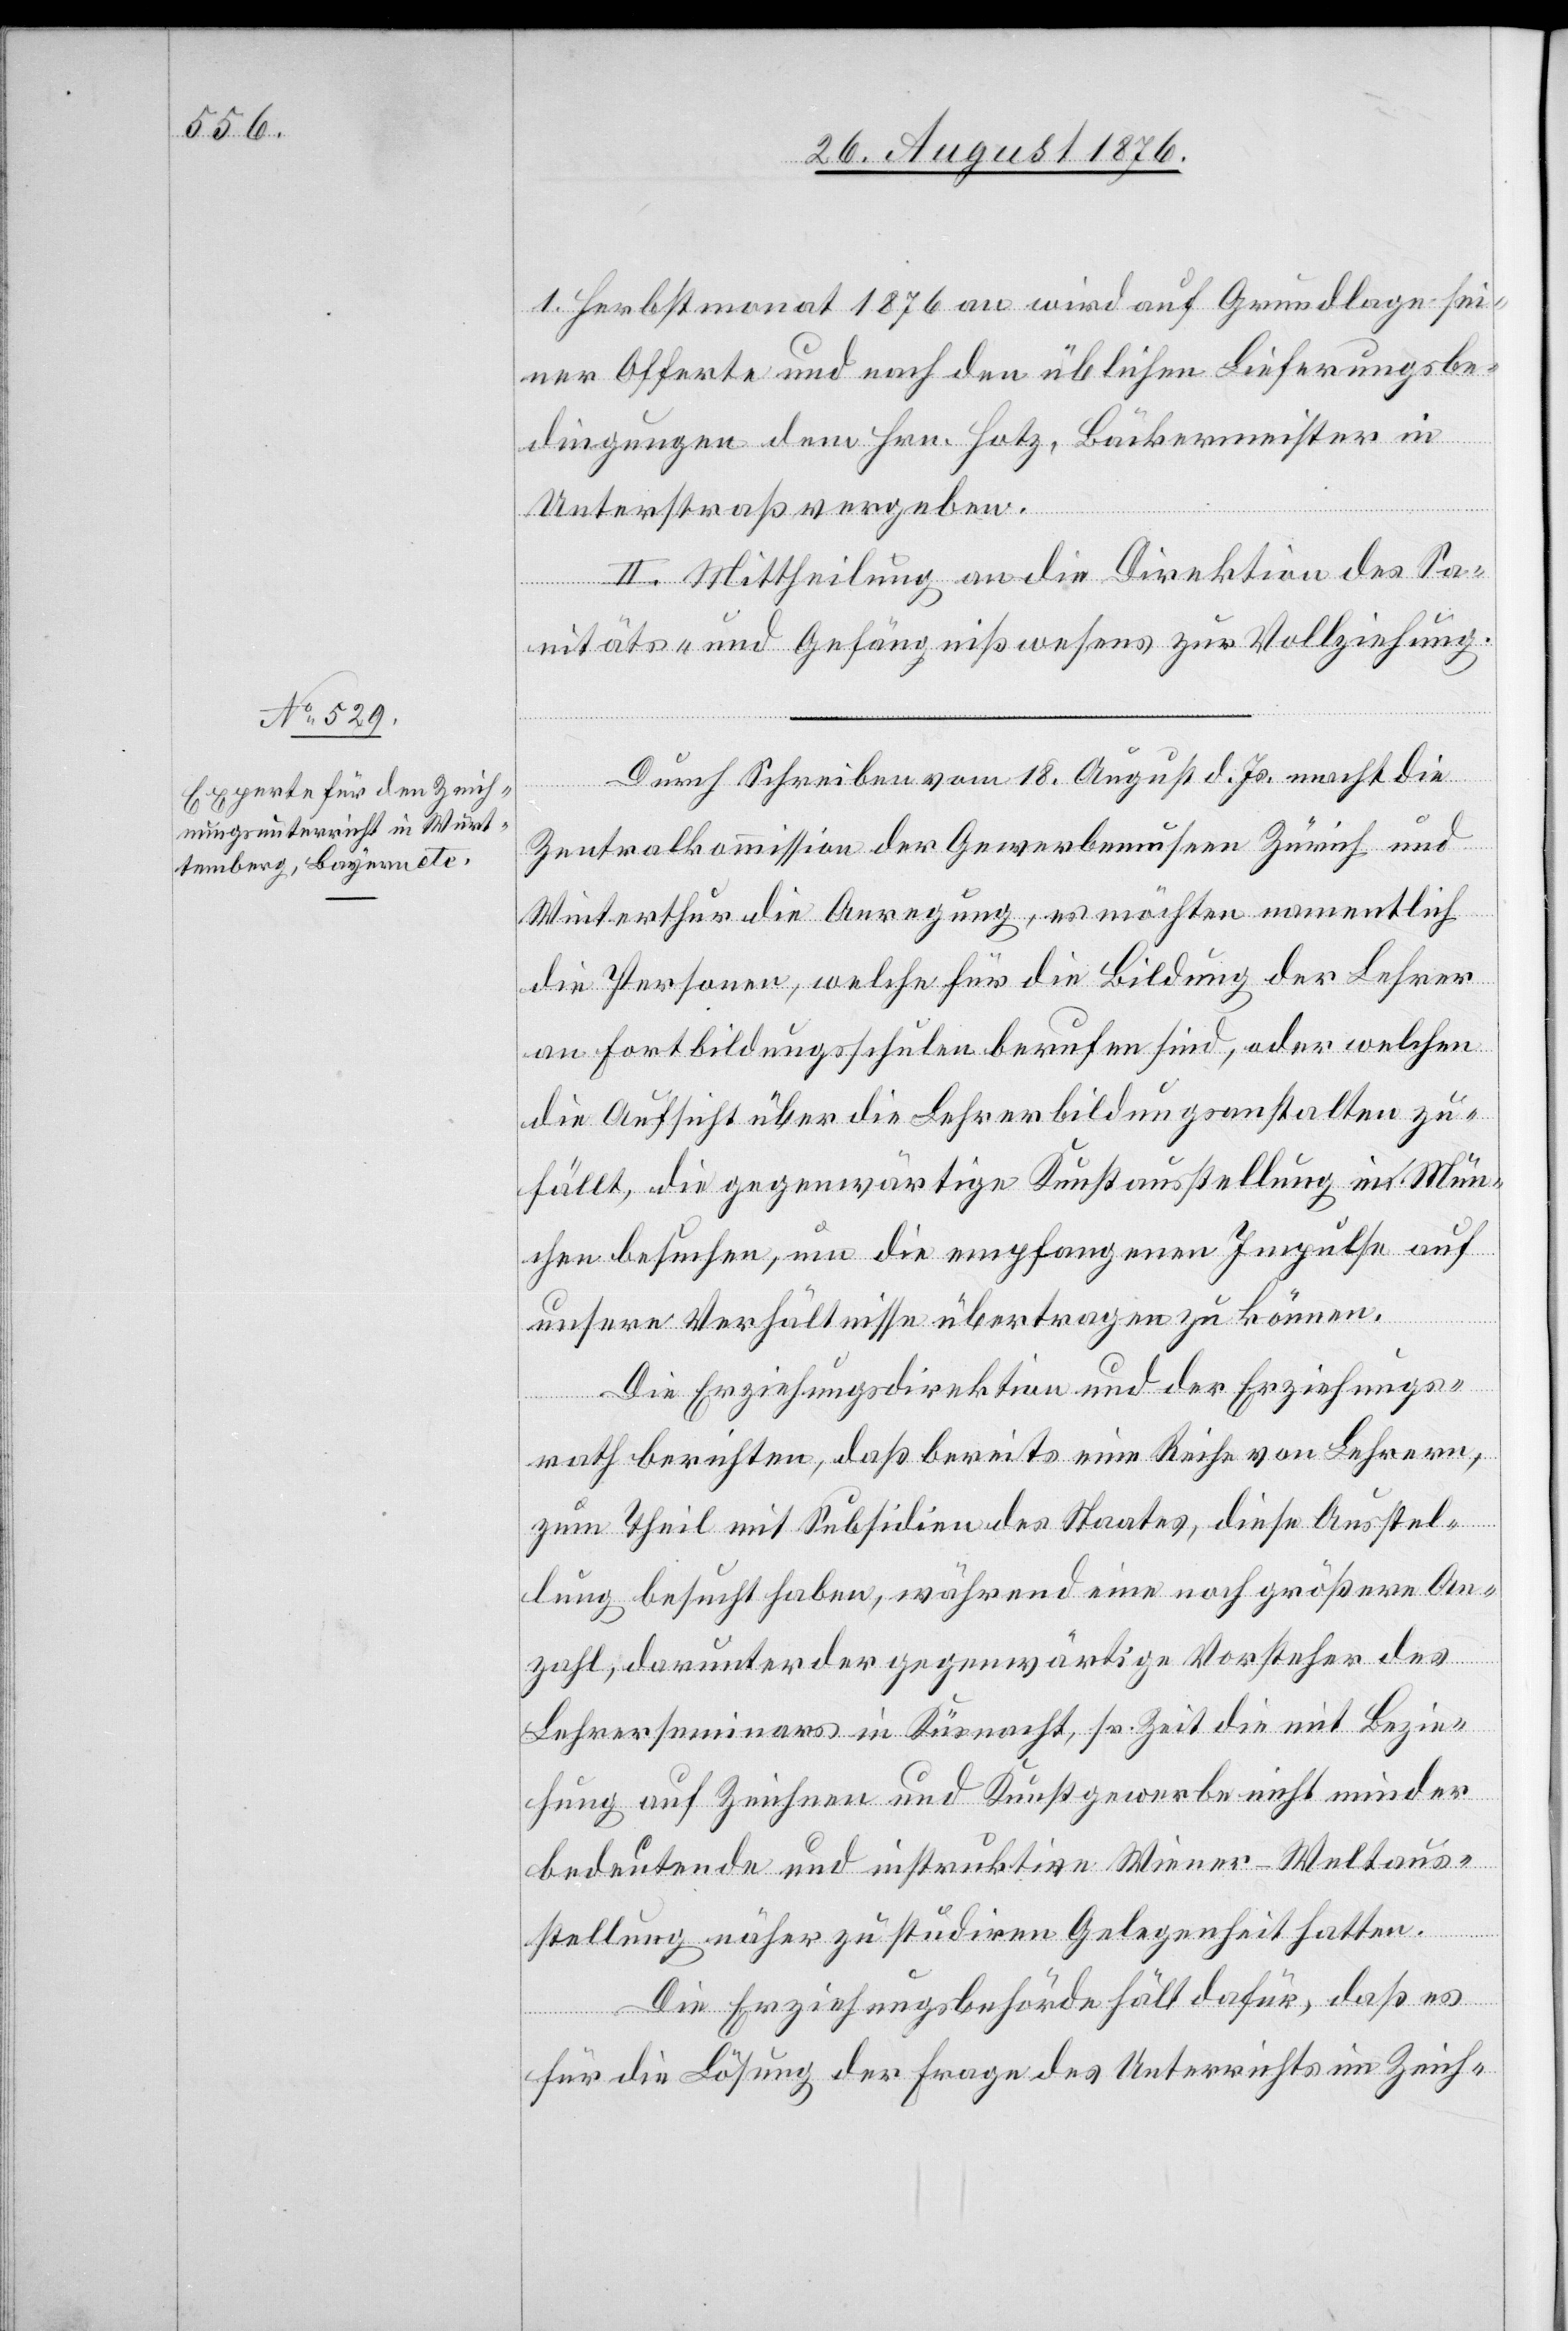
1. Heumonat 1876 an wird auf Grundlage sei¬
ner Offerte und nach den üblichen Lieferungsbe¬
dingungen dem Hrn. Hotz, Bäckermeister in
Unterstraß vergeben.
II. Mittheilung an die Direktion des Sa¬
nitäts- und Gefängnißwesens zur Vollziehung.
Durch Schreiben vom 18. August d. Js. macht die
Zentralkommission der Gewerbemuseen Zürich und
Winterthur die Anregung, es möchten namentlich
die Personen, welche für die Bildung der Lehrer
an Fortbildungsschulen berufen sind, oder welchen
die Aufsicht über die Lehrerbildungsanstalten zu¬
fällt, die gegenwärtige Kunstausstellung in Mün¬
chen besuchen, um die empfangenen Impulse auf
unsere Verhältnisse übertragen zu können.
Die Erziehungsdirektion und der Erziehungs¬
rath berichten, daß bereits eine Reihe von Lehrern,
zum Theil mit Subsidien des Staates, diese Ausstel¬
lung besucht haben, während eine noch größere An¬
zahl, darunter der gegenwärtige Vorsteher des
Lehrerseminars in Küsnacht, sr. Zeit die mit Bezie¬
hung auf Zeichnen und Kunstgewerbe nicht minder
bedeutende und instruktive Winner-Weltaus¬
stellung näher zu studiren Gelegenheit hatten.
Die Erziehungsbehörde hält dafür, daß es
für die Lösung der Frage des Unterrichts im Zeich-